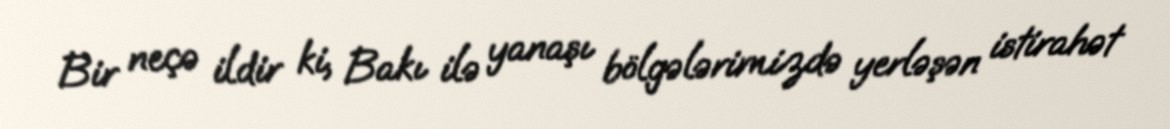
Bir neçə ildir ki, Bakı ilə yanaşı bölgələrimizdə yerləşən istirahət